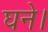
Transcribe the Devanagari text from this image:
घने।